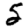
Digit: 5